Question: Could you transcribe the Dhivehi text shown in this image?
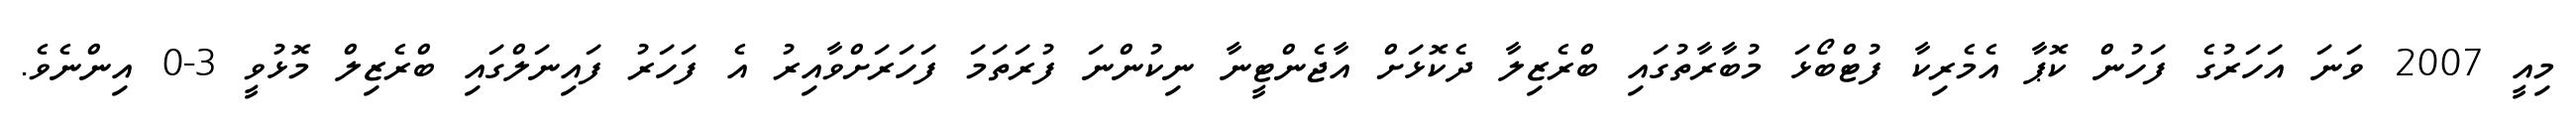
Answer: މިއީ 2007 ވަނަ އަހަރުގެ ފަހުން ކޮޕާ އެމެރިކާ ފުޓްބޯޅަ މުބާރާތުގައި ބްރެޒިލާ ދެކޮޅަށް އާޖެންޓީނާ ނިކުންނަ ފުރަތަމަ ފަހަރަށްވާއިރު އެ ފަހަރު ފައިނަލްގައި ބްރެޒިލް މޮޅުވީ 3-0 އިންނެވެ.